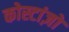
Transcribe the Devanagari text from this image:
कोस्टांज़ो